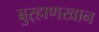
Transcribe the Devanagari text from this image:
बुर्‍हाणखान